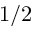
1 / 2